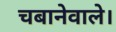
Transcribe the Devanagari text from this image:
चबानेवाले।